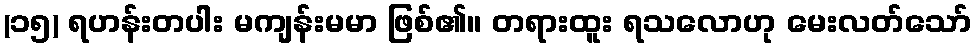
(၁၅) ရဟန်းတပါး မကျန်းမမာ ဖြစ်၏။ တရားထူး ရသလောဟု မေးလတ်သော်